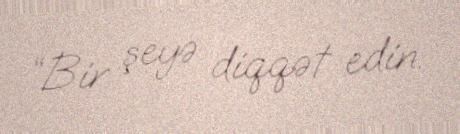
“Bir şeyə diqqət edin.